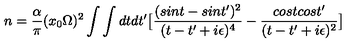
n = { \frac { \alpha } { \pi } } ( x _ { 0 } \Omega ) ^ { 2 } \int \int d t d t ^ { \prime } \bigl [ { \frac { ( s i n t - s i n t ^ { \prime } ) ^ { 2 } } { ( t - t ^ { \prime } + i \epsilon ) ^ { 4 } } } - { \frac { c o s t c o s t ^ { \prime } } { ( t - t ^ { \prime } + i \epsilon ) ^ { 2 } } } \bigr ]